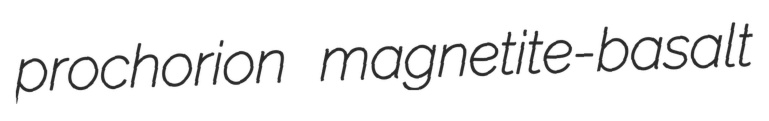
prochorion magnetite-basalt